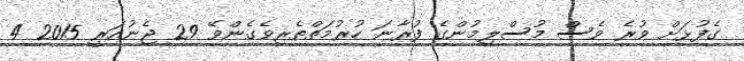
ގެފުޅަށް ވުރެ ވެސް މުސްލިމުންގެ ފުރާނަ ހުރުމަތްތެރިވެގެންވޭ 29 ޖެނުއަރީ 2015 4